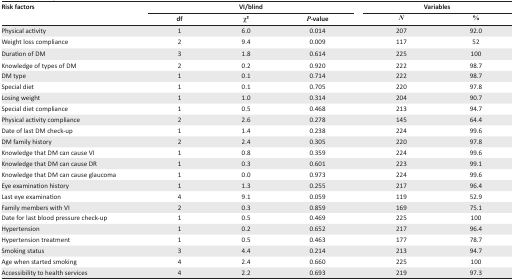
<table><thead><tr><td rowspan="3"><b>Risk factors</b></td><td colspan="3"><b>VI/blind</b></td><td colspan="2"><b>Variables</b></td></tr><tr><td><b>df</b></td><td><b>χ<sup>2</sup></b></td><td><b><i>P-</i>value</b></td><td><b><i>N</i></b></td><td><b>%</b></td></tr></thead><tbody><tr><td>Physical activity</td><td>1</td><td>6.0</td><td>0.014</td><td>207</td><td>92.0</td></tr><tr><td>Weight loss compliance</td><td>2</td><td>9.4</td><td>0.009</td><td>117</td><td>52</td></tr><tr><td>Duration of DM</td><td>3</td><td>1.8</td><td>0.614</td><td>225</td><td>100</td></tr><tr><td>Knowledge of types of DM</td><td>2</td><td>0.2</td><td>0.920</td><td>222</td><td>98.7</td></tr><tr><td>DM type</td><td>1</td><td>0.1</td><td>0.714</td><td>222</td><td>98.7</td></tr><tr><td>Special diet</td><td>1</td><td>0.1</td><td>0.705</td><td>220</td><td>97.8</td></tr><tr><td>Losing weight</td><td>1</td><td>1.0</td><td>0.314</td><td>204</td><td>90.7</td></tr><tr><td>Special diet compliance</td><td>1</td><td>0.5</td><td>0.468</td><td>213</td><td>94.7</td></tr><tr><td>Physical activity compliance</td><td>2</td><td>2.6</td><td>0.278</td><td>145</td><td>64.4</td></tr><tr><td>Date of last DM check-up</td><td>1</td><td>1.4</td><td>0.238</td><td>224</td><td>99.6</td></tr><tr><td>DM family history</td><td>2</td><td>2.4</td><td>0.305</td><td>220</td><td>97.8</td></tr><tr><td>Knowledge that DM can cause VI</td><td>1</td><td>0.8</td><td>0.359</td><td>224</td><td>99.6</td></tr><tr><td>Knowledge that DM can cause DR</td><td>1</td><td>0.3</td><td>0.601</td><td>223</td><td>99.1</td></tr><tr><td>Knowledge that DM can cause glaucoma</td><td>1</td><td>0.0</td><td>0.973</td><td>224</td><td>99.6</td></tr><tr><td>Eye examination history</td><td>1</td><td>1.3</td><td>0.255</td><td>217</td><td>96.4</td></tr><tr><td>Last eye examination</td><td>4</td><td>9.1</td><td>0.059</td><td>119</td><td>52.9</td></tr><tr><td>Family members with VI</td><td>2</td><td>0.3</td><td>0.859</td><td>169</td><td>75.1</td></tr><tr><td>Date for last blood pressure check-up</td><td>1</td><td>0.5</td><td>0.469</td><td>225</td><td>100</td></tr><tr><td>Hypertension</td><td>1</td><td>0.2</td><td>0.652</td><td>217</td><td>96.4</td></tr><tr><td>Hypertension treatment</td><td>1</td><td>0.5</td><td>0.463</td><td>177</td><td>78.7</td></tr><tr><td>Smoking status</td><td>3</td><td>4.4</td><td>0.214</td><td>213</td><td>94.7</td></tr><tr><td>Age when started smoking</td><td>4</td><td>2.4</td><td>0.660</td><td>225</td><td>100</td></tr><tr><td>Accessibility to health services</td><td>4</td><td>2.2</td><td>0.693</td><td>219</td><td>97.3</td></tr></tbody></table>